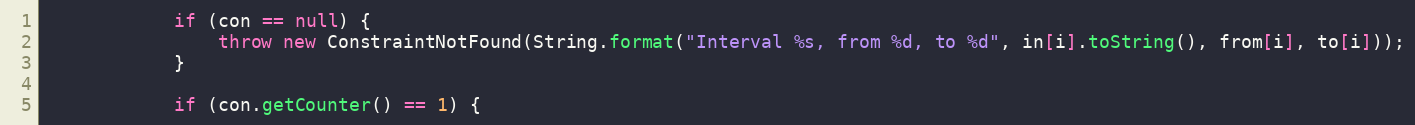
Language: Java
			if (con == null) {
				throw new ConstraintNotFound(String.format("Interval %s, from %d, to %d", in[i].toString(), from[i], to[i]));
			}

			if (con.getCounter() == 1) {